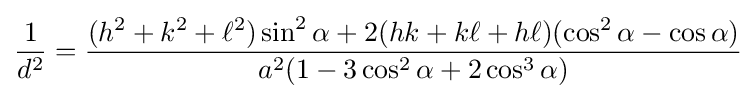
{\frac {1}{d^{2}}}={\frac {(h^{2}+k^{2}+\ell ^{2})\sin ^{2}\alpha +2(hk+k\ell +h\ell )(\cos ^{2}\alpha -\cos \alpha )}{a^{2}(1-3\cos ^{2}\alpha +2\cos ^{3}\alpha )}}